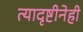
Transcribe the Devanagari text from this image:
त्यादृष्टीनेही